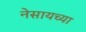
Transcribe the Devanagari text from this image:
नेसायच्या